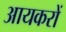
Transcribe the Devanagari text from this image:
आयकरों